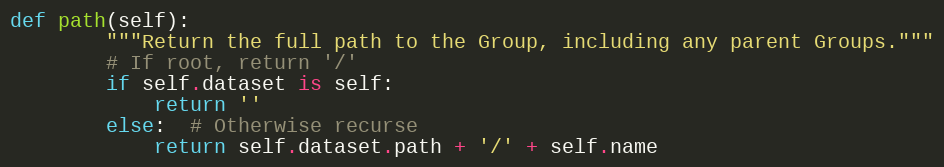
Language: Python
def path(self):
        """Return the full path to the Group, including any parent Groups."""
        # If root, return '/'
        if self.dataset is self:
            return ''
        else:  # Otherwise recurse
            return self.dataset.path + '/' + self.name